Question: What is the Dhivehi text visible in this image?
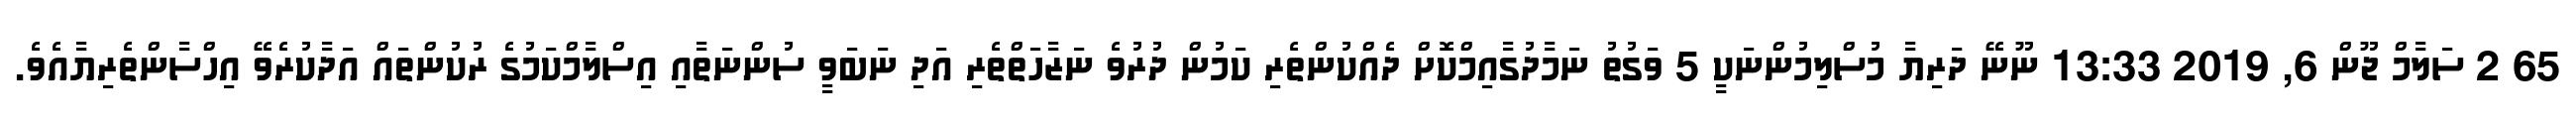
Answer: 65 2 ސަލާމް ޖޫން 6, 2019 13:33 ނޫނޭ ދަރިޔާ މުސްލިމުންނަކީ 5 ވަގުތު ނަމާދުގާއިމްކޮށް ދެއްކުންތެރި ކަމުން ދުރުވެ ނަޒާހަތްތެރި އަދި ނަބަވީ ސުންނަތާއި އިސްލާމްކަމުގެ ރުކުންތައް އަދާކުރެވޭ އިހްސާންތެރިޔާއެވެ.